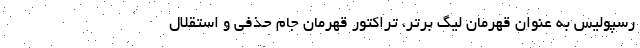
رسپولیس به عنوان قهرمان لیگ برتر، تراکتور قهرمان جام حذفی و استقلال